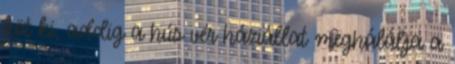
köt ki, addig a hús vér háziállat meghálálja a